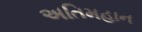
અતિમહાન